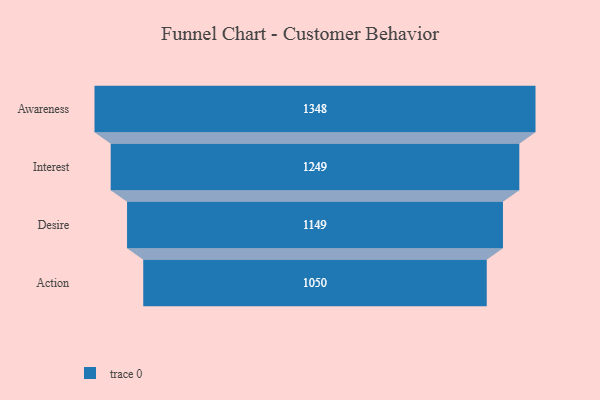
{"axis": {"x": "Stage", "y": "Value"}, "legend": [""], "data": [{"x": "Awareness", "y": 1348.0, "type": ""}, {"x": "Interest", "y": 1249.0, "type": ""}, {"x": "Desire", "y": 1149.0, "type": ""}, {"x": "Action", "y": 1050.0, "type": ""}]}